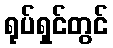
ရုပ်ရှင်တွင်